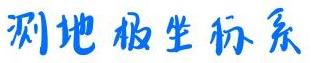
测地极坐标系